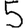
Digit: 5